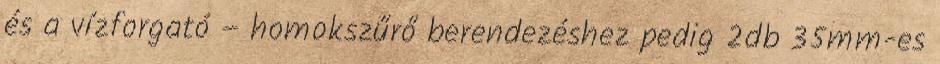
és a vízforgató – homokszűrő berendezéshez pedig 2db 35mm-es